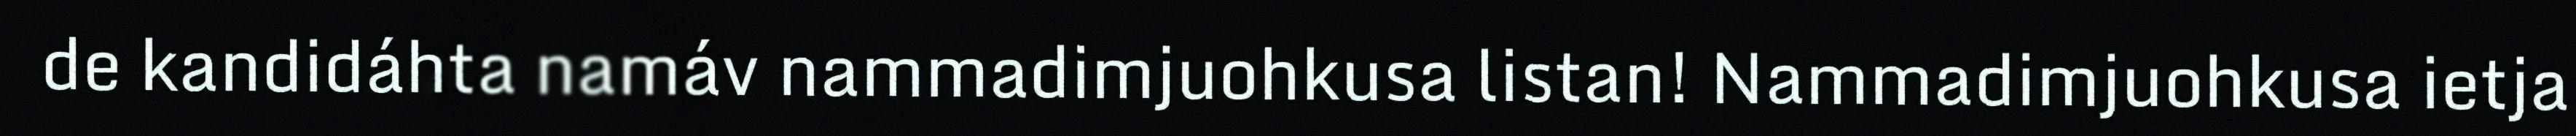
de kandidáhta namáv nammadimjuohkusa listan! Nammadimjuohkusa ietja